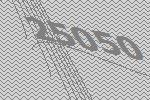
25050